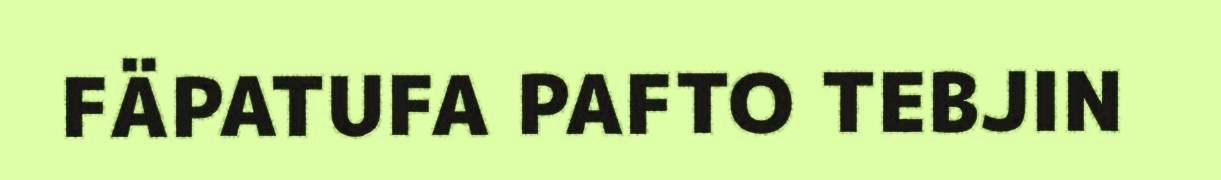
FÄPATUFA PAFTO TEBJIN